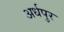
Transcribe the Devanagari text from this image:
अर्धपुर